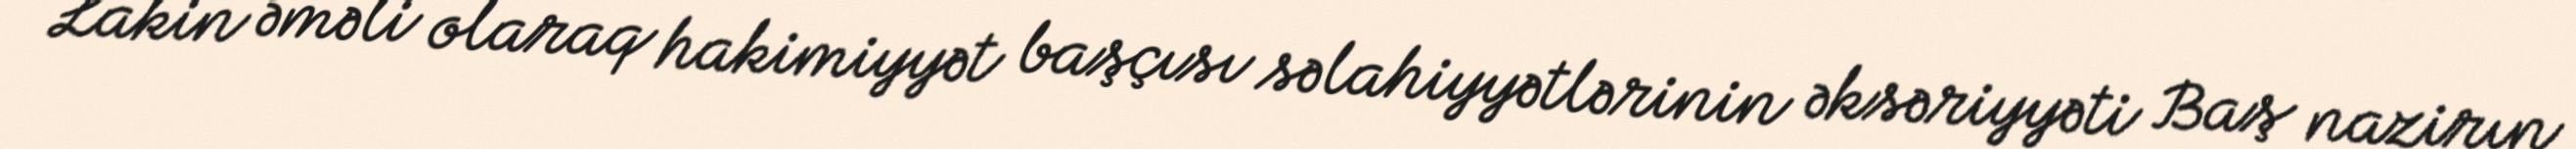
Lakin əməli olaraq hakimiyyət başçısı səlahiyyətlərinin əksəriyyəti Baş nazirın